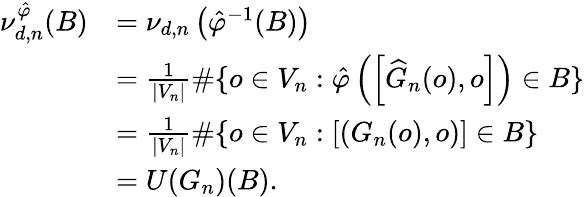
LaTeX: \begin{array}{rl}{\nu_{d,n}^{\hat{\varphi}}(B)}&{=\nu_{d,n}\left(\hat{\varphi}^{-1}(B)\right)\quad}\\ &{=\frac{1}{|V_{n}|}\# \{ o\in V_{n}:\hat{\varphi}\left(\left[\widehat{G}_{n}(o),o\right]\right)\in B\} }\\ &{=\frac{1}{|V_{n}|}\# \{ o\in V_{n}:\left[\left(G_{n}(o),o\right)\right]\in B\} \quad}\\ &{=U(G_{n})(B).}\end{array}